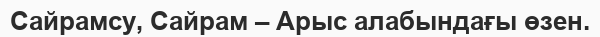
Сайрамсу, Сайрам – Арыс алабындағы өзен.